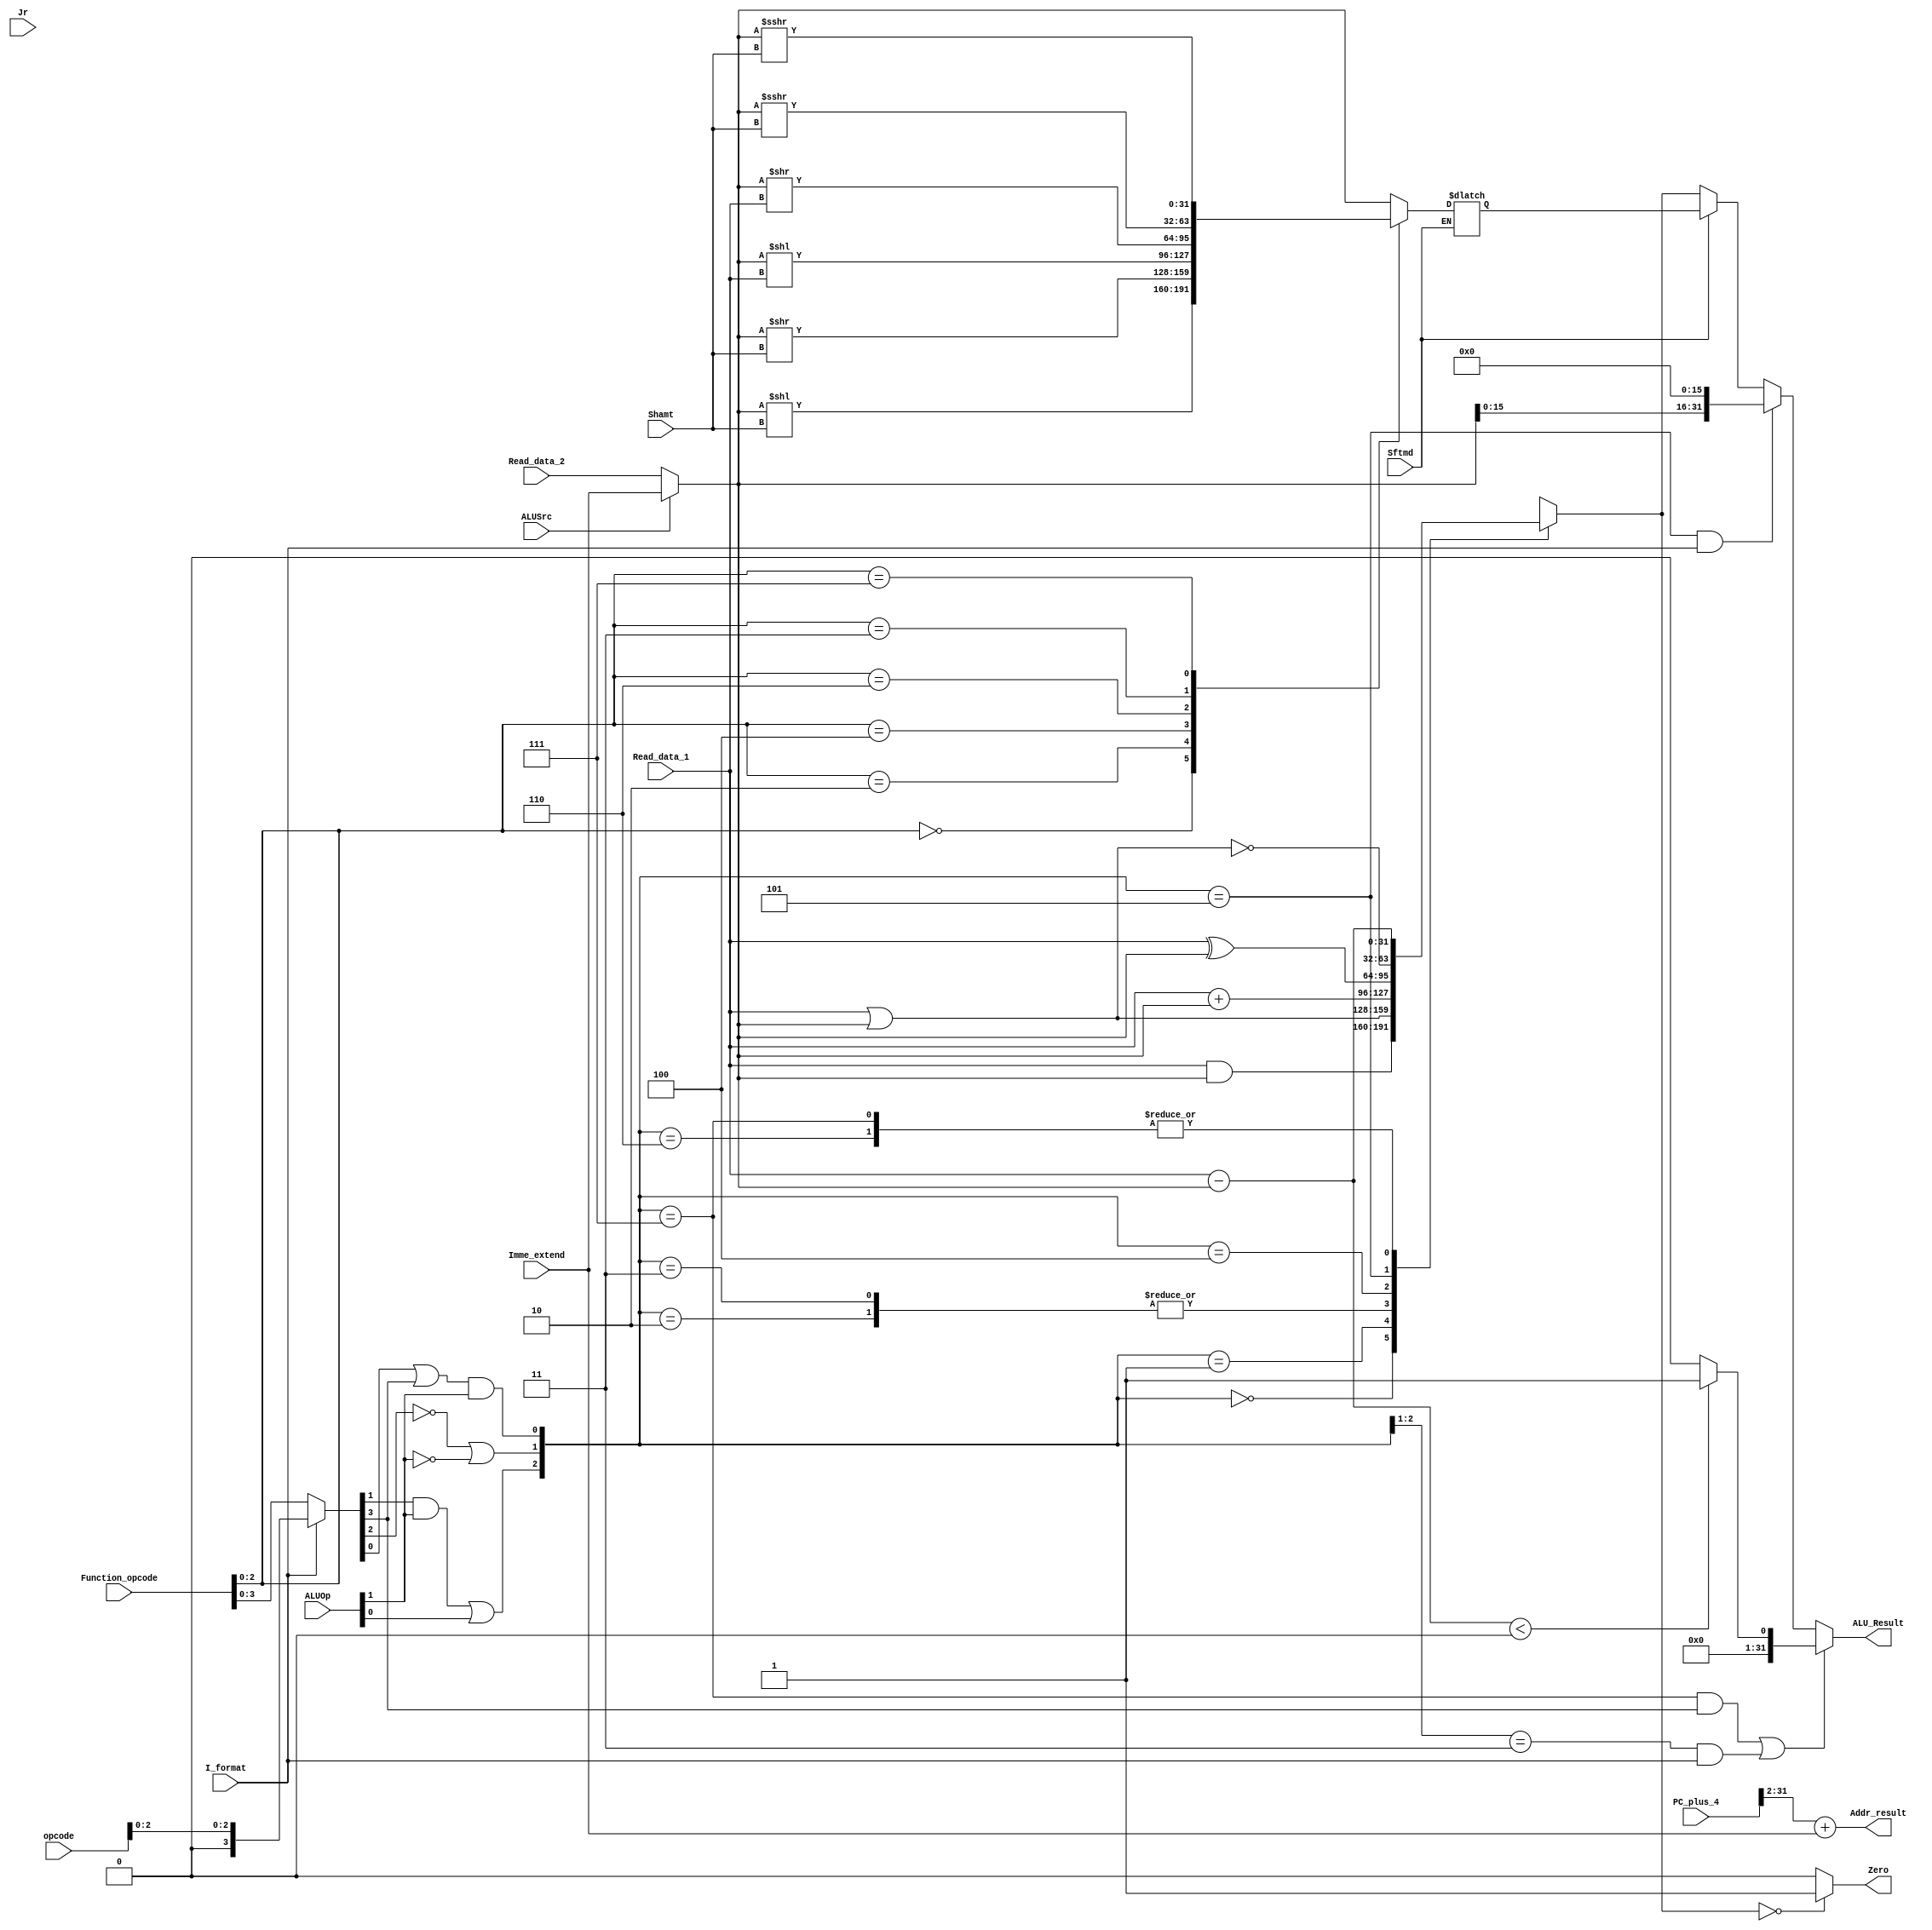
`timescale 1ns / 1ps
//////////////////////////////////////////////////////////////////////////////////
// Company: 
// Engineer: 
// 
// Design Name: 
// Module Name: Executs32
// Project Name: 
// Target Devices: 
// Tool Versions: 
// Description: 
// 
// Dependencies: 
// 
// Revision:
// Revision 0.01 - File Created
// Additional Comments:
// 
//////////////////////////////////////////////////////////////////////////////////


module Executs32(Read_data_1,Read_data_2,Imme_extend,Function_opcode,opcode,
                 ALUOp,Shamt,ALUSrc,I_format,Zero,Sftmd,ALU_Result,Addr_result,PC_plus_4,Jr);
    input[31:0] Read_data_1;
    input[31:0] Read_data_2;
    input[31:0] Imme_extend;

    input[5:0] Function_opcode;
    input[5:0] opcode;
    input[4:0] Shamt;
    input[31:0] PC_plus_4;

    input[1:0] ALUOp;
    input ALUSrc;
    input I_format;
    input Sftmd;
    input Jr;

    output Zero;
    output reg [31:0] ALU_Result;
    output[31:0] Addr_result;

    wire[31:0] Ainput,Binput;
    wire[5:0] Exe_code;
    wire[2:0] ALU_ctl;
    wire[2:0] Sftm;

    reg[31:0] ALU_output_mux;
    reg[31:0] Shift_Result;

    wire[32:0] Branch_Addr;

    assign Sftm = Function_opcode[2:0];
    assign Ainput = Read_data_1;
    assign Binput = (ALUSrc) ? Imme_extend : Read_data_2;
    assign Exe_code = (I_format) ? {3'b000,opcode[2:0]} : Function_opcode;

    assign ALU_ctl[0] = (Exe_code[0] | Exe_code[3]) & ALUOp[1];
    assign ALU_ctl[1] = ((!Exe_code[2]) | (!ALUOp[1]));
    assign ALU_ctl[2] = (Exe_code[1] & ALUOp[1]) | ALUOp[0];

    assign Zero = (ALU_output_mux[31:0] == 32'h0000_0000) ? 1'b1 : 1'b0;
    assign Branch_Addr = PC_plus_4[31:2] + Imme_extend[31:0];
    assign Addr_result = Branch_Addr[31:0];

    always @*
    begin
        if(Sftmd)
            case(Sftm[2:0])
                3'b000:Shift_Result = Binput << Shamt;
                3'b010:Shift_Result = Binput >> Shamt;
                3'b100:Shift_Result = Binput << Ainput;
                3'b110:Shift_Result = Binput >> Ainput;
                3'b011:Shift_Result = $signed(Binput) >>> Shamt;
                3'b111:Shift_Result = Binput >>> Shamt;
                default:Shift_Result = Binput;
            endcase
    end

    always @(ALU_ctl or Ainput or Binput)
    begin
        case(ALU_ctl)
            3'b000:ALU_output_mux = Ainput & Binput;
            3'b001:ALU_output_mux = Ainput | Binput;
            3'b010:ALU_output_mux = Ainput + Binput;
            3'b011:ALU_output_mux = Ainput + Binput;
            3'b100:ALU_output_mux = Ainput ^ Binput;
            3'b101:ALU_output_mux = ~(Ainput | Binput);
            3'b110:ALU_output_mux = Ainput - Binput;
            3'b111:ALU_output_mux = Ainput - Binput;
        endcase
    end

    always @*
    begin
        if((ALU_ctl == 3'b111) && (Exe_code[3] == 1) || (ALU_ctl[2:1] == 2'b11 && (I_format == 1)))
            ALU_Result = (Ainput-Binput<0)?1:0;
        else if((ALU_ctl == 3'b101) && (I_format == 1))
            ALU_Result[31:0] = {Binput[15:0],{16{1'b0}}};
        else if(Sftmd == 1)
            ALU_Result = Shift_Result;
        else
            ALU_Result = ALU_output_mux[31:0];    
    end

endmodule